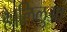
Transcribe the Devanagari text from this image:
है।लिलुआ